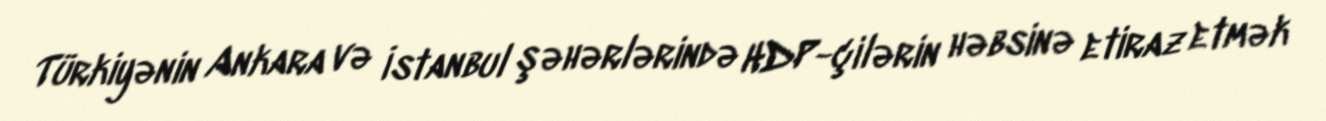
Türkiyənin Ankara və İstanbul şəhərlərində HDP-çilərin həbsinə etiraz etmək